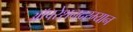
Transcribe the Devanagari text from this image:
ऑपरेशनदरम्यान